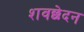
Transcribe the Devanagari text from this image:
शवछेदन